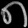
Digit: ၈